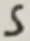
Text: 5